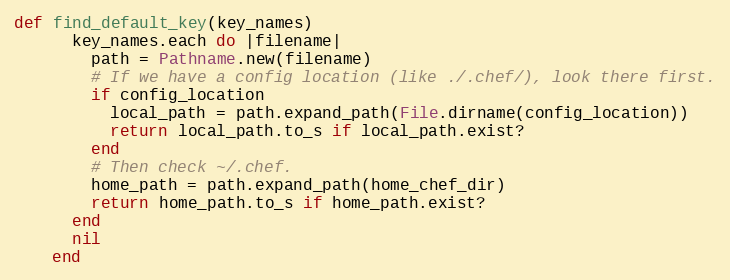
Language: Ruby
def find_default_key(key_names)
      key_names.each do |filename|
        path = Pathname.new(filename)
        # If we have a config location (like ./.chef/), look there first.
        if config_location
          local_path = path.expand_path(File.dirname(config_location))
          return local_path.to_s if local_path.exist?
        end
        # Then check ~/.chef.
        home_path = path.expand_path(home_chef_dir)
        return home_path.to_s if home_path.exist?
      end
      nil
    end